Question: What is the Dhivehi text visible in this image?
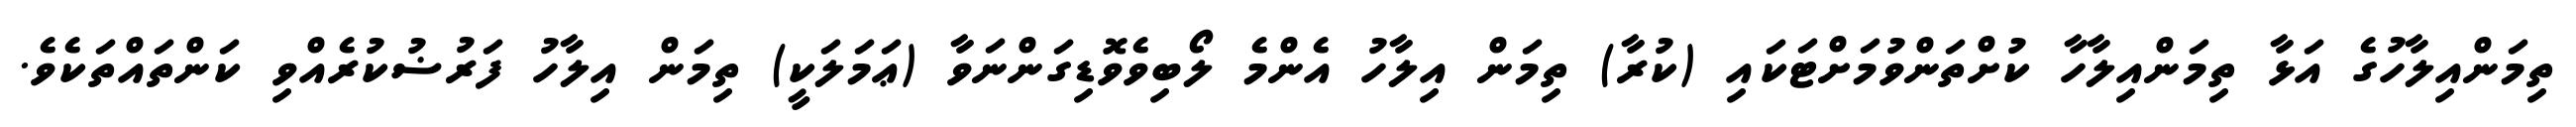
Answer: ތިމަންއިލާހުގެ އަޅާ ތިމަންއިލާހާ ކުށްތަންވުމަށްޓަކައި (ކުރާ) ތިމަން އިލާހު އެންމެ ލޯބިވެވޮޑިގަންނަވާ (ޢަމަލަކީ) ތިމަން އިލާހު ފަރުޟުކުރެއްވި ކަންތައްތަކެވެ.